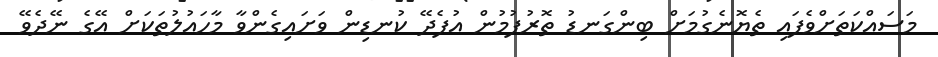
މަސައްކަތަށްވެފައި ތެޔޮނެގުމަށް ބިންގަނޑު ތޮރުފުމުން އުފެދޭ ކުނޑިން ވަށައިގެންވާ މާހައުލުތަކަށް އޭގެ ނޭދެވޭ